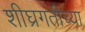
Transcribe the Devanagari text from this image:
शीघ्रगतीच्या